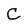
Character: C